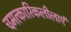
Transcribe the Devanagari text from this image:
चमत्कारिकलीलाएं